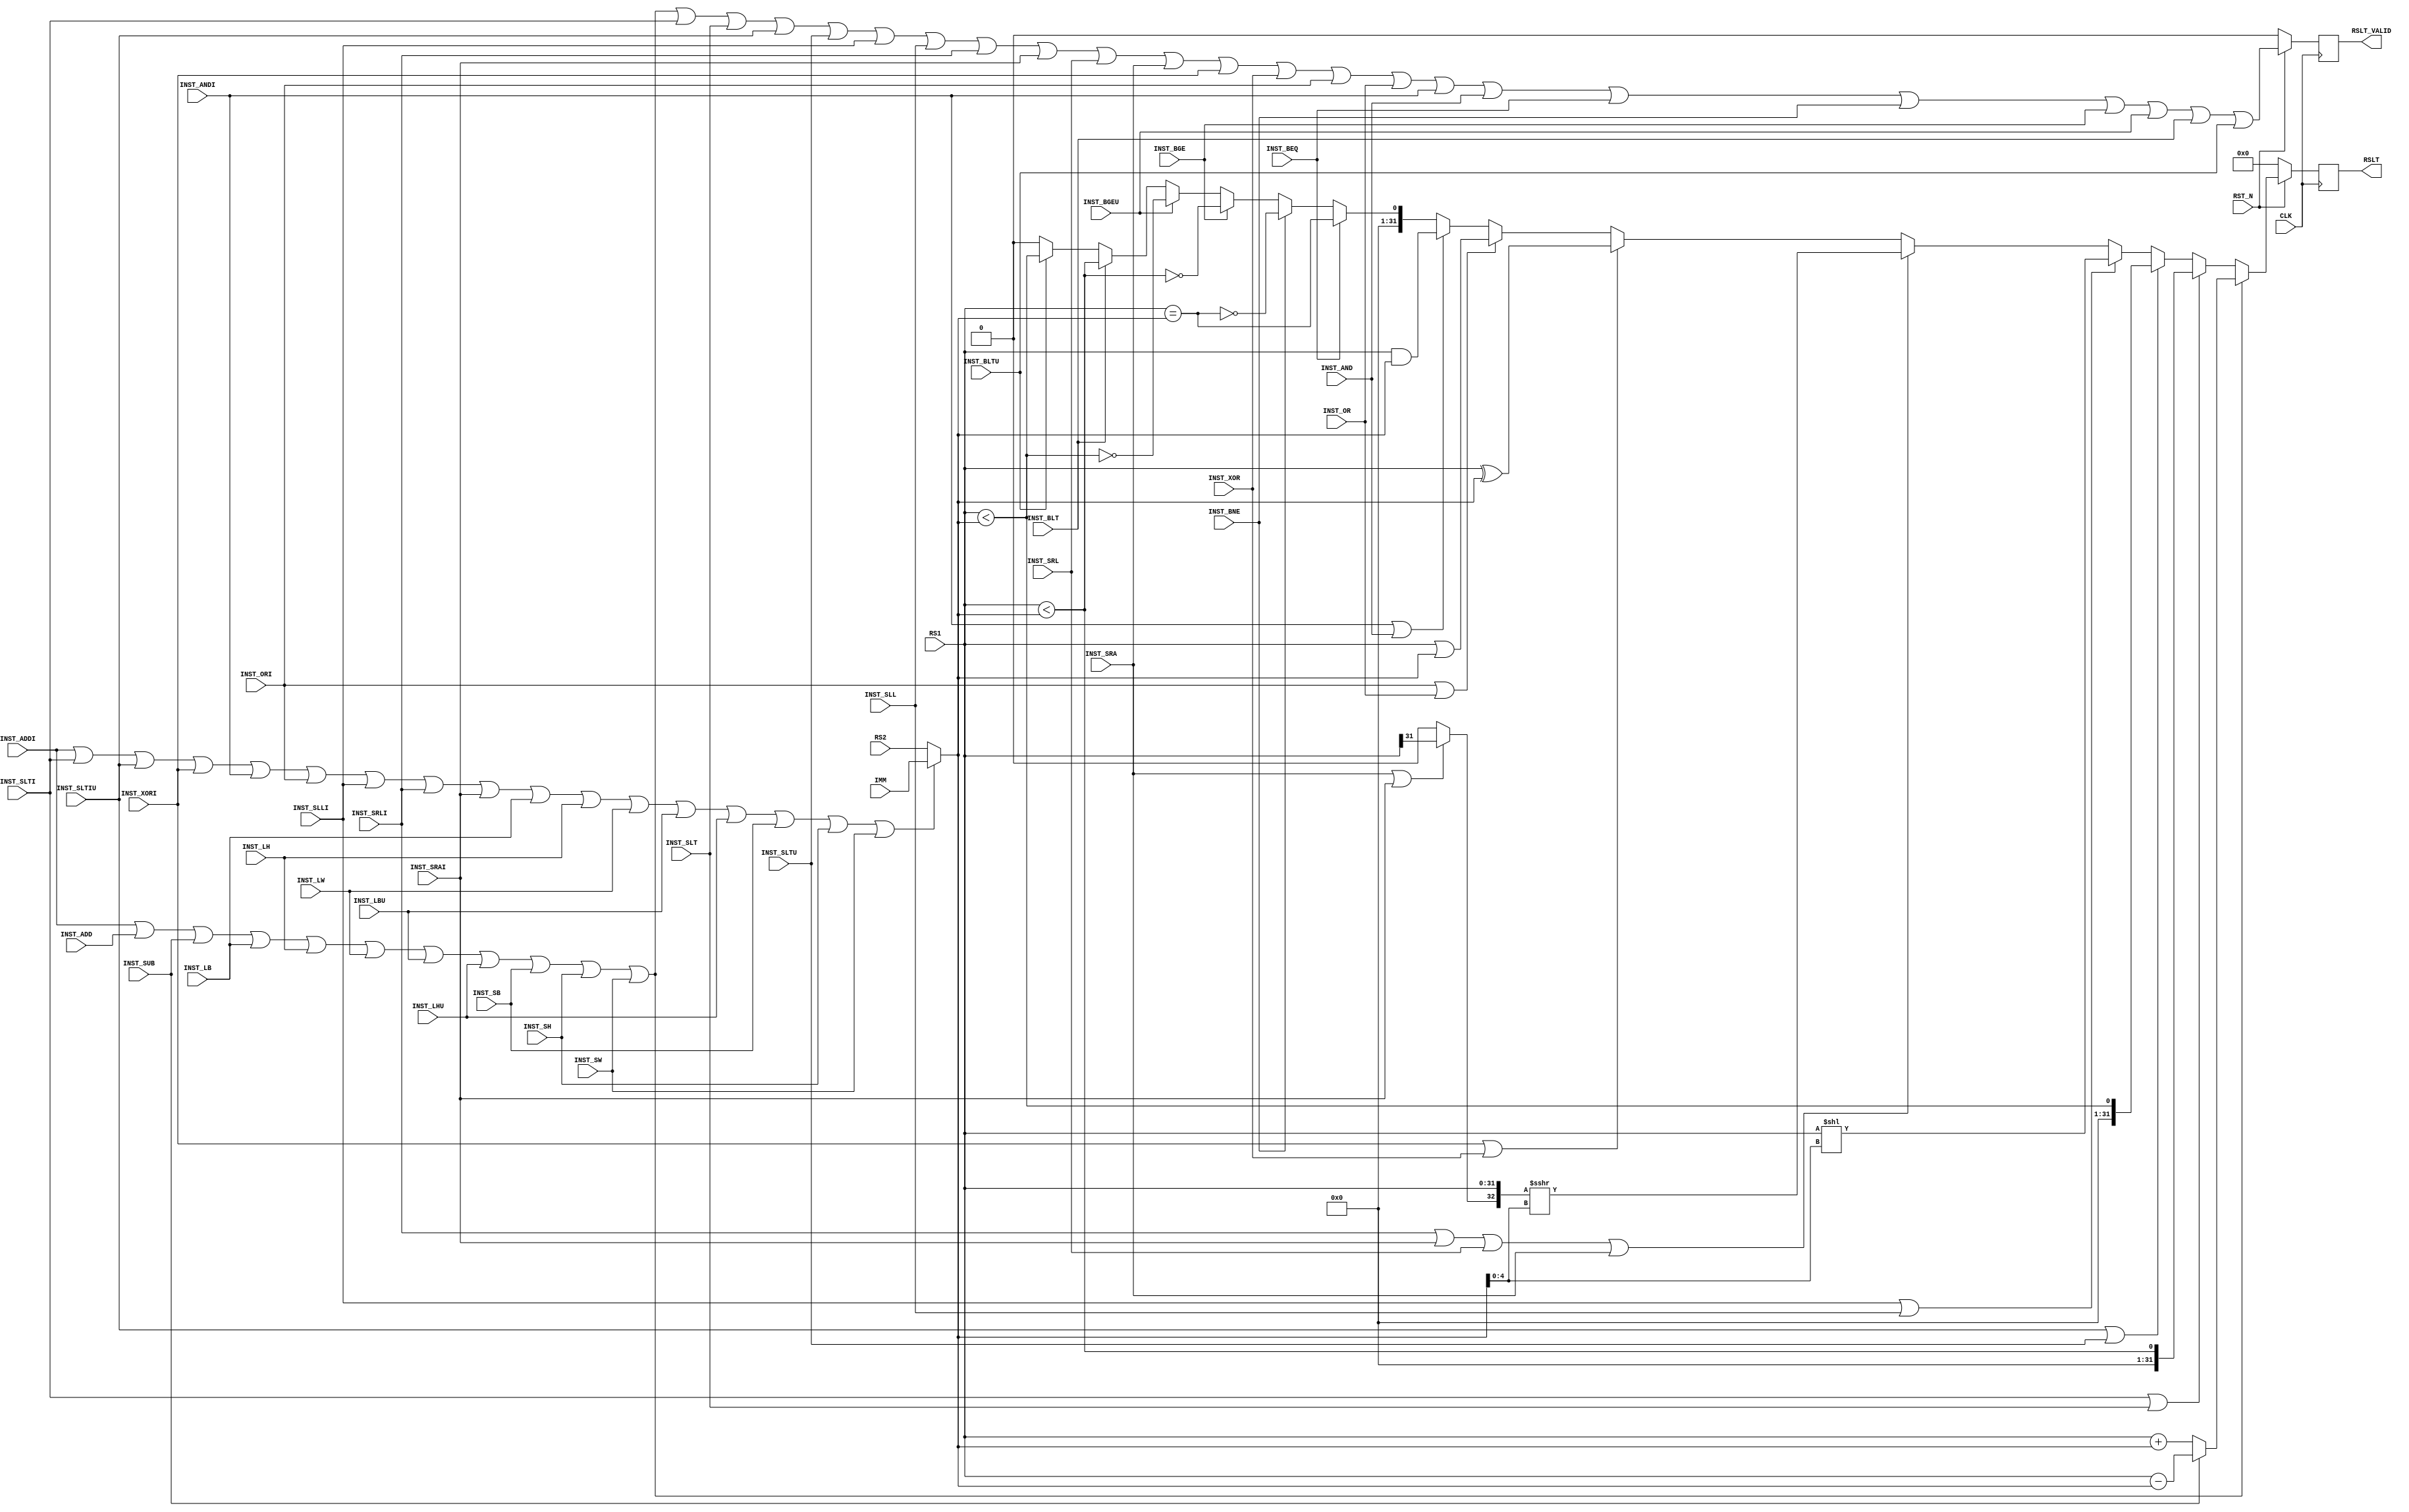
module fmrv32im_alu
  (
   input 			 RST_N,
   input 			 CLK,

   input 			 INST_ADDI,
   input 			 INST_SLTI,
   input 			 INST_SLTIU,
   input 			 INST_XORI,
   input 			 INST_ORI,
   input 			 INST_ANDI,
   input 			 INST_SLLI,
   input 			 INST_SRLI,
   input 			 INST_SRAI,
   input 			 INST_ADD,
   input 			 INST_SUB,
   input 			 INST_SLL,
   input 			 INST_SLT,
   input 			 INST_SLTU,
   input 			 INST_XOR,
   input 			 INST_SRL,
   input 			 INST_SRA,
   input 			 INST_OR,
   input 			 INST_AND,

   input 			 INST_BEQ,
   input 			 INST_BNE,
   input 			 INST_BLT,
   input 			 INST_BGE,
   input 			 INST_BLTU,
   input 			 INST_BGEU,

   input 			 INST_LB,
   input 			 INST_LH,
   input 			 INST_LW,
   input 			 INST_LBU,
   input 			 INST_LHU,
   input 			 INST_SB,
   input 			 INST_SH,
   input 			 INST_SW,

   input [31:0] 	 RS1,
   input [31:0] 	 RS2,
   input [31:0] 	 IMM,

   output reg        RSLT_VALID,
   output reg [31:0] RSLT

   );

   /*
	rs1+IMMLOAD, STORE
	
	INST_LB, INST_LH, INST_LW, INST_LBU, INST_LHU,
	INST_SB, INST_SH, INST_SW
	*/
   reg [31:0] 		 reg_op2;
   always @(*) begin
	  reg_op2 <= (INST_ADDI | INST_SLTI | INST_SLTIU |
				  INST_XORI | INST_ANDI | INST_ORI |
				  INST_SLLI | INST_SRLI | INST_SRAI |
				  INST_LB | INST_LH | INST_LW | INST_LBU | INST_LHU |
				  INST_SB | INST_SH | INST_SW)?IMM:RS2;
   end

   reg [31:0] alu_add_sub, alu_shl, alu_shr;
   reg [31:0] alu_xor, alu_or, alu_and;
   reg 	   alu_eq, alu_ltu, alu_lts;

   always @(*) begin
	  alu_add_sub <= (INST_SUB)?(RS1 - reg_op2):(RS1 + reg_op2);
	  alu_shl     <= RS1 << reg_op2[4:0];
	  alu_shr     <= $signed({(INST_SRA | INST_SRAI)?RS1[31]:1'b0, RS1}) >>> reg_op2[4:0];
	  alu_eq      <= (RS1 == reg_op2);
	  alu_lts     <= ($signed(RS1) < $signed(reg_op2));
	  alu_ltu     <= (RS1 < reg_op2);
	  alu_xor     <= RS1 ^ reg_op2;
	  alu_or      <= RS1 | reg_op2;
	  alu_and     <= RS1 & reg_op2;
   end // always @ (posedge CLK)

   always @(posedge CLK) begin
      if(!RST_N) begin
         RSLT       <= 0;
         RSLT_VALID <= 0;
      end else begin
	 RSLT <= (INST_ADDI | INST_ADD | INST_SUB |
		  INST_LB | INST_LH | INST_LW | INST_LBU | INST_LHU |
		  INST_SB | INST_SH | INST_SW)?alu_add_sub:
		 (INST_SLTI | INST_SLT)?alu_lts:
		 (INST_SLTIU | INST_SLTU)?alu_ltu:
		 (INST_SLLI | INST_SLL)?alu_shl:
		 (INST_SRLI | INST_SRAI | INST_SRL | INST_SRA)?alu_shr:
		 (INST_XORI | INST_XOR)?alu_xor:
		 (INST_ORI | INST_OR)?alu_or:
		 (INST_ANDI | INST_AND)?alu_and:
		 (INST_BEQ)?alu_eq:
		 (INST_BNE)?!alu_eq:
		 (INST_BGE)?!alu_lts:
		 (INST_BGEU)?!alu_ltu:
		 (INST_BLT)?alu_lts:
		 (INST_BLTU)?alu_ltu:
		 32'd0;
         RSLT_VALID <= INST_ADDI | INST_ADD | INST_SUB |
                       INST_LB | INST_LH | INST_LW | INST_LBU | INST_LHU |
                       INST_SB | INST_SH | INST_SW |
                       INST_SLTI | INST_SLT | INST_SLTIU | INST_SLTU |
		       INST_SLLI | INST_SLL |
                       INST_SRLI | INST_SRAI | INST_SRL | INST_SRA |
                       INST_XORI | INST_XOR |
                       INST_ORI | INST_OR |
                       INST_ANDI | INST_AND |
                       INST_BEQ | INST_BNE | INST_BGE | INST_BGEU |
		       INST_BLT | INST_BLTU;
      end
   end

endmodule